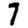
Digit: 7